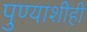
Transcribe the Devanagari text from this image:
पुण्याशीही